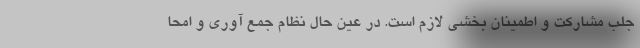
جلب مشارکت و اطمینان بخشی لازم است. در عین حال نظام جمع آوری و امحا